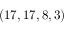
( 1 7 , 1 7 , 8 , 3 )